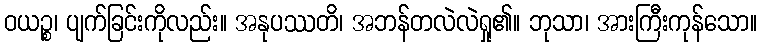
ဝယဉ္စ၊ ပျက်ခြင်းကိုလည်း။ အနုပဿတိ၊ အဘန်တလဲလဲရှု၏။ ဘုသာ၊ အားကြီးကုန်သော။